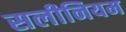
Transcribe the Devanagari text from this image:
सलीनियम